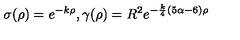
\sigma ( \rho ) = e ^ { - k \rho } , \gamma ( \rho ) = R ^ { 2 } e ^ { - { \frac { k } { 4 } } ( 5 \alpha - 6 ) \rho }